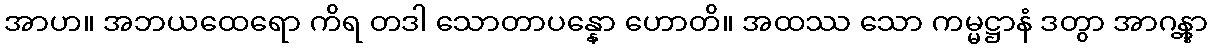
အာဟ။ အဘယထေရော ကိရ တဒါ သောတာပန္နော ဟောတိ။ အထဿ သော ကမ္မဋ္ဌာနံ ဒတွာ အာဂန္တွာ